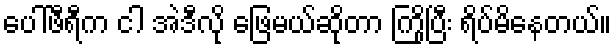
ပေါ်ဖီရီက ငါ အဲဒီလို ဖြေမယ်ဆိုတာ ကြိုပြီး ရိပ်မိနေတယ်။